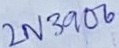
Text: 2N3906